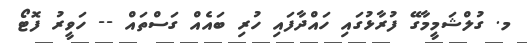
މ. ގުލްޝަމީމާގޭ ފުރާޅުގައި ހައްދާފައި ހުރި ބައެއް ގަސްތައް -- ހަވީރު ފޮޓޯ